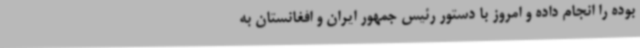
بوده را انجام داده و امروز با دستور رئیس جمهور ایران و افغانستان به